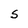
Character: S